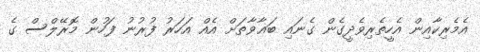
އެމެރިކާއިން އެހީތެރިވެދީގެން ގެނައި ބަޣާވާތަށް އެއް އަހަރު ފުރުނު ފަހުން މޮރޭލްސް ގެ